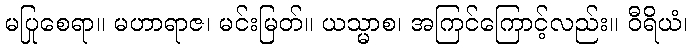
မပြုစေရာ။ မဟာရာဇ၊ မင်းမြတ်။ ယသ္မာစ၊ အကြင်ကြောင့်လည်း။ ဝီရိယံ၊